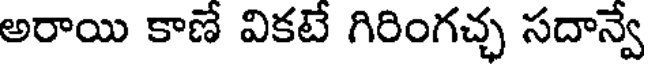
అరాయి కాణే వికటే గిరింగచ్ఛ సదాన్వే